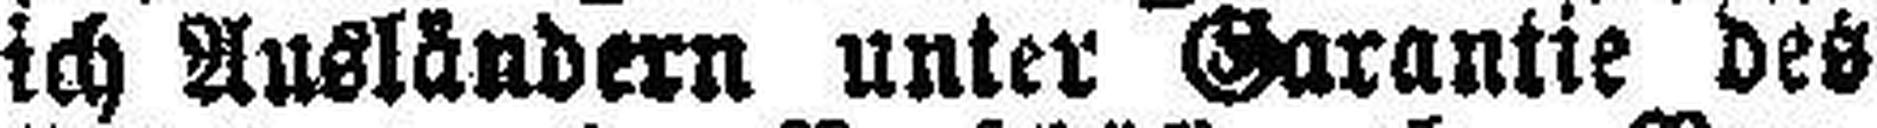
ich Ausländern unter Garantie des